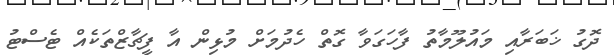
ދޮގު ޚަބަރާއި މައުލޫމާތު ފާހަގަވާ ގޮތް ހެދުމަށް މުޅިން އާ ފީޗާޒްތަކެއް ޓެސްޓު